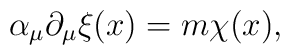
\alpha _\mu \partial _\mu \xi (x)=m\chi (x),